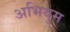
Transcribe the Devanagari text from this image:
अभियुम